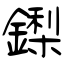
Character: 鏫